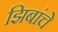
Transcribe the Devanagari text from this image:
झिबांचे